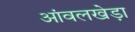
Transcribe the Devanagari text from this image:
आंवलखेड़ा